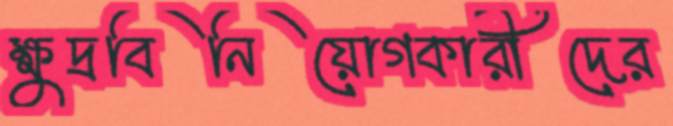
ক্ষুদ্রবিনিয়োগকারীদের